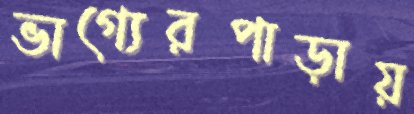
ভাগ্যেরপাড়ায়